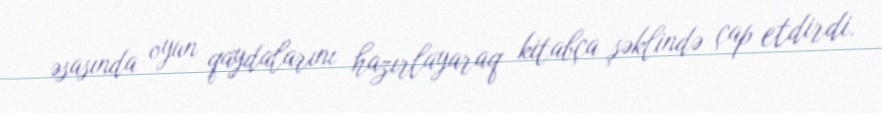
əsasında oyun qaydalarını hazırlayaraq kitabça şəklində çap etdirdi.